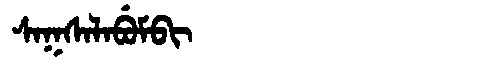
Manchu: ᠰᠠᡴᠰᠠᠯᠠᠪᡠᠮᠪᡳ
Romanization: SAKSALABUMBI